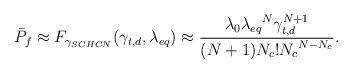
LaTeX: \begin{align*} \bar{P}_{f} & \approx F_{\gamma_{SCHCN}}(\gamma_{t,d},\lambda_{eq}) \approx \frac{\lambda_{0}{\lambda_{eq}}^N\gamma_{t,d}^{N+1}}{(N+1)N_c!{N_c}^{N-N_c}}.\\ \end{align*}